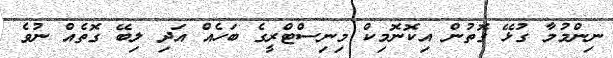
ނިންމުމާ ގުޅޭ ގޮތުން އިކޮނޮމިކް މިނިސްޓްރީގެ ބަހެއް އަދި ލިބޭ ގޮތެއް ނުވެ